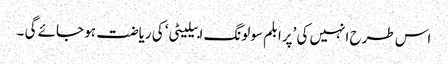
اس طرح انہیں کی ’پرابلم سولونگ ابیلیٹی‘ کی ریاضت ہو جائے گی ۔